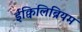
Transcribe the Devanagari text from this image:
ईक्विलिब्रियम